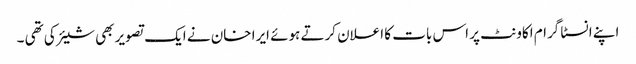
اپنے انسٹا گرام اکاونٹ پر اس بات کا اعلان کرتے ہوئے ایرا خان نے ایک تصویر بھی شیئر کی تھی ۔